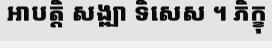
អាបត្តិ សង្ឍា ទិសេស ។ ភិក្ខុ